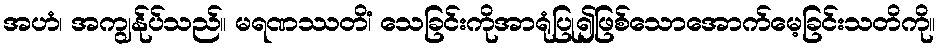
အဟံ၊ အကျွန်ုပ်သည်။ မရဏဿတိံ၊ သေခြင်းကိုအာရုံပြု၍ဖြစ်သောအောက်မေ့ခြင်းသတိကို။